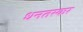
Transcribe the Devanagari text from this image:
धनतस्कर